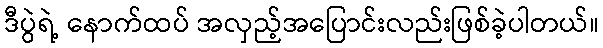
ဒီပွဲရဲ့ နောက်ထပ် အလှည့်အပြောင်းလည်းဖြစ်ခဲ့ပါတယ်။